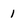
Character: 1